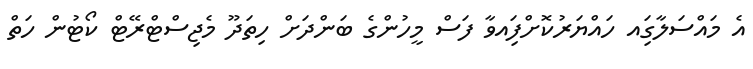
އެ މައްސަލާގަިއ ހައްޔަރުކޮށްފަިއވާ ފަސް މީހުންގެ ބަންދަށް ހިތަދޫ މެޖިސްޓްރޭޓް ކޯޓުން ހަތް